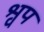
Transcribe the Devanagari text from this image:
श्वप